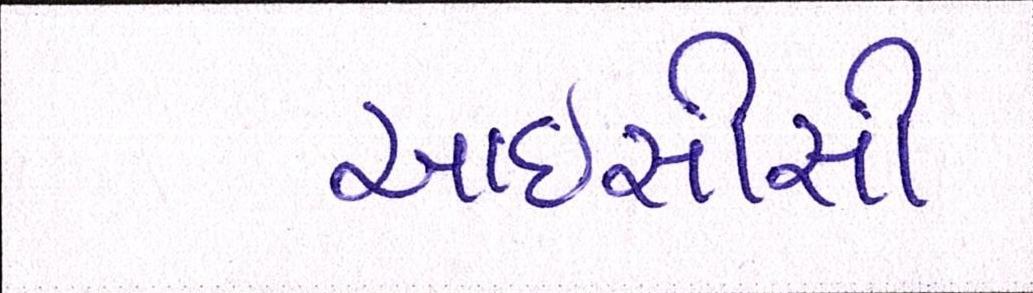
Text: આઇસીસી